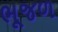
ભૂજળ